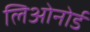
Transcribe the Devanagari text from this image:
लिओनोर्ड